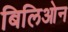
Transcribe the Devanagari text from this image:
बिलिओन